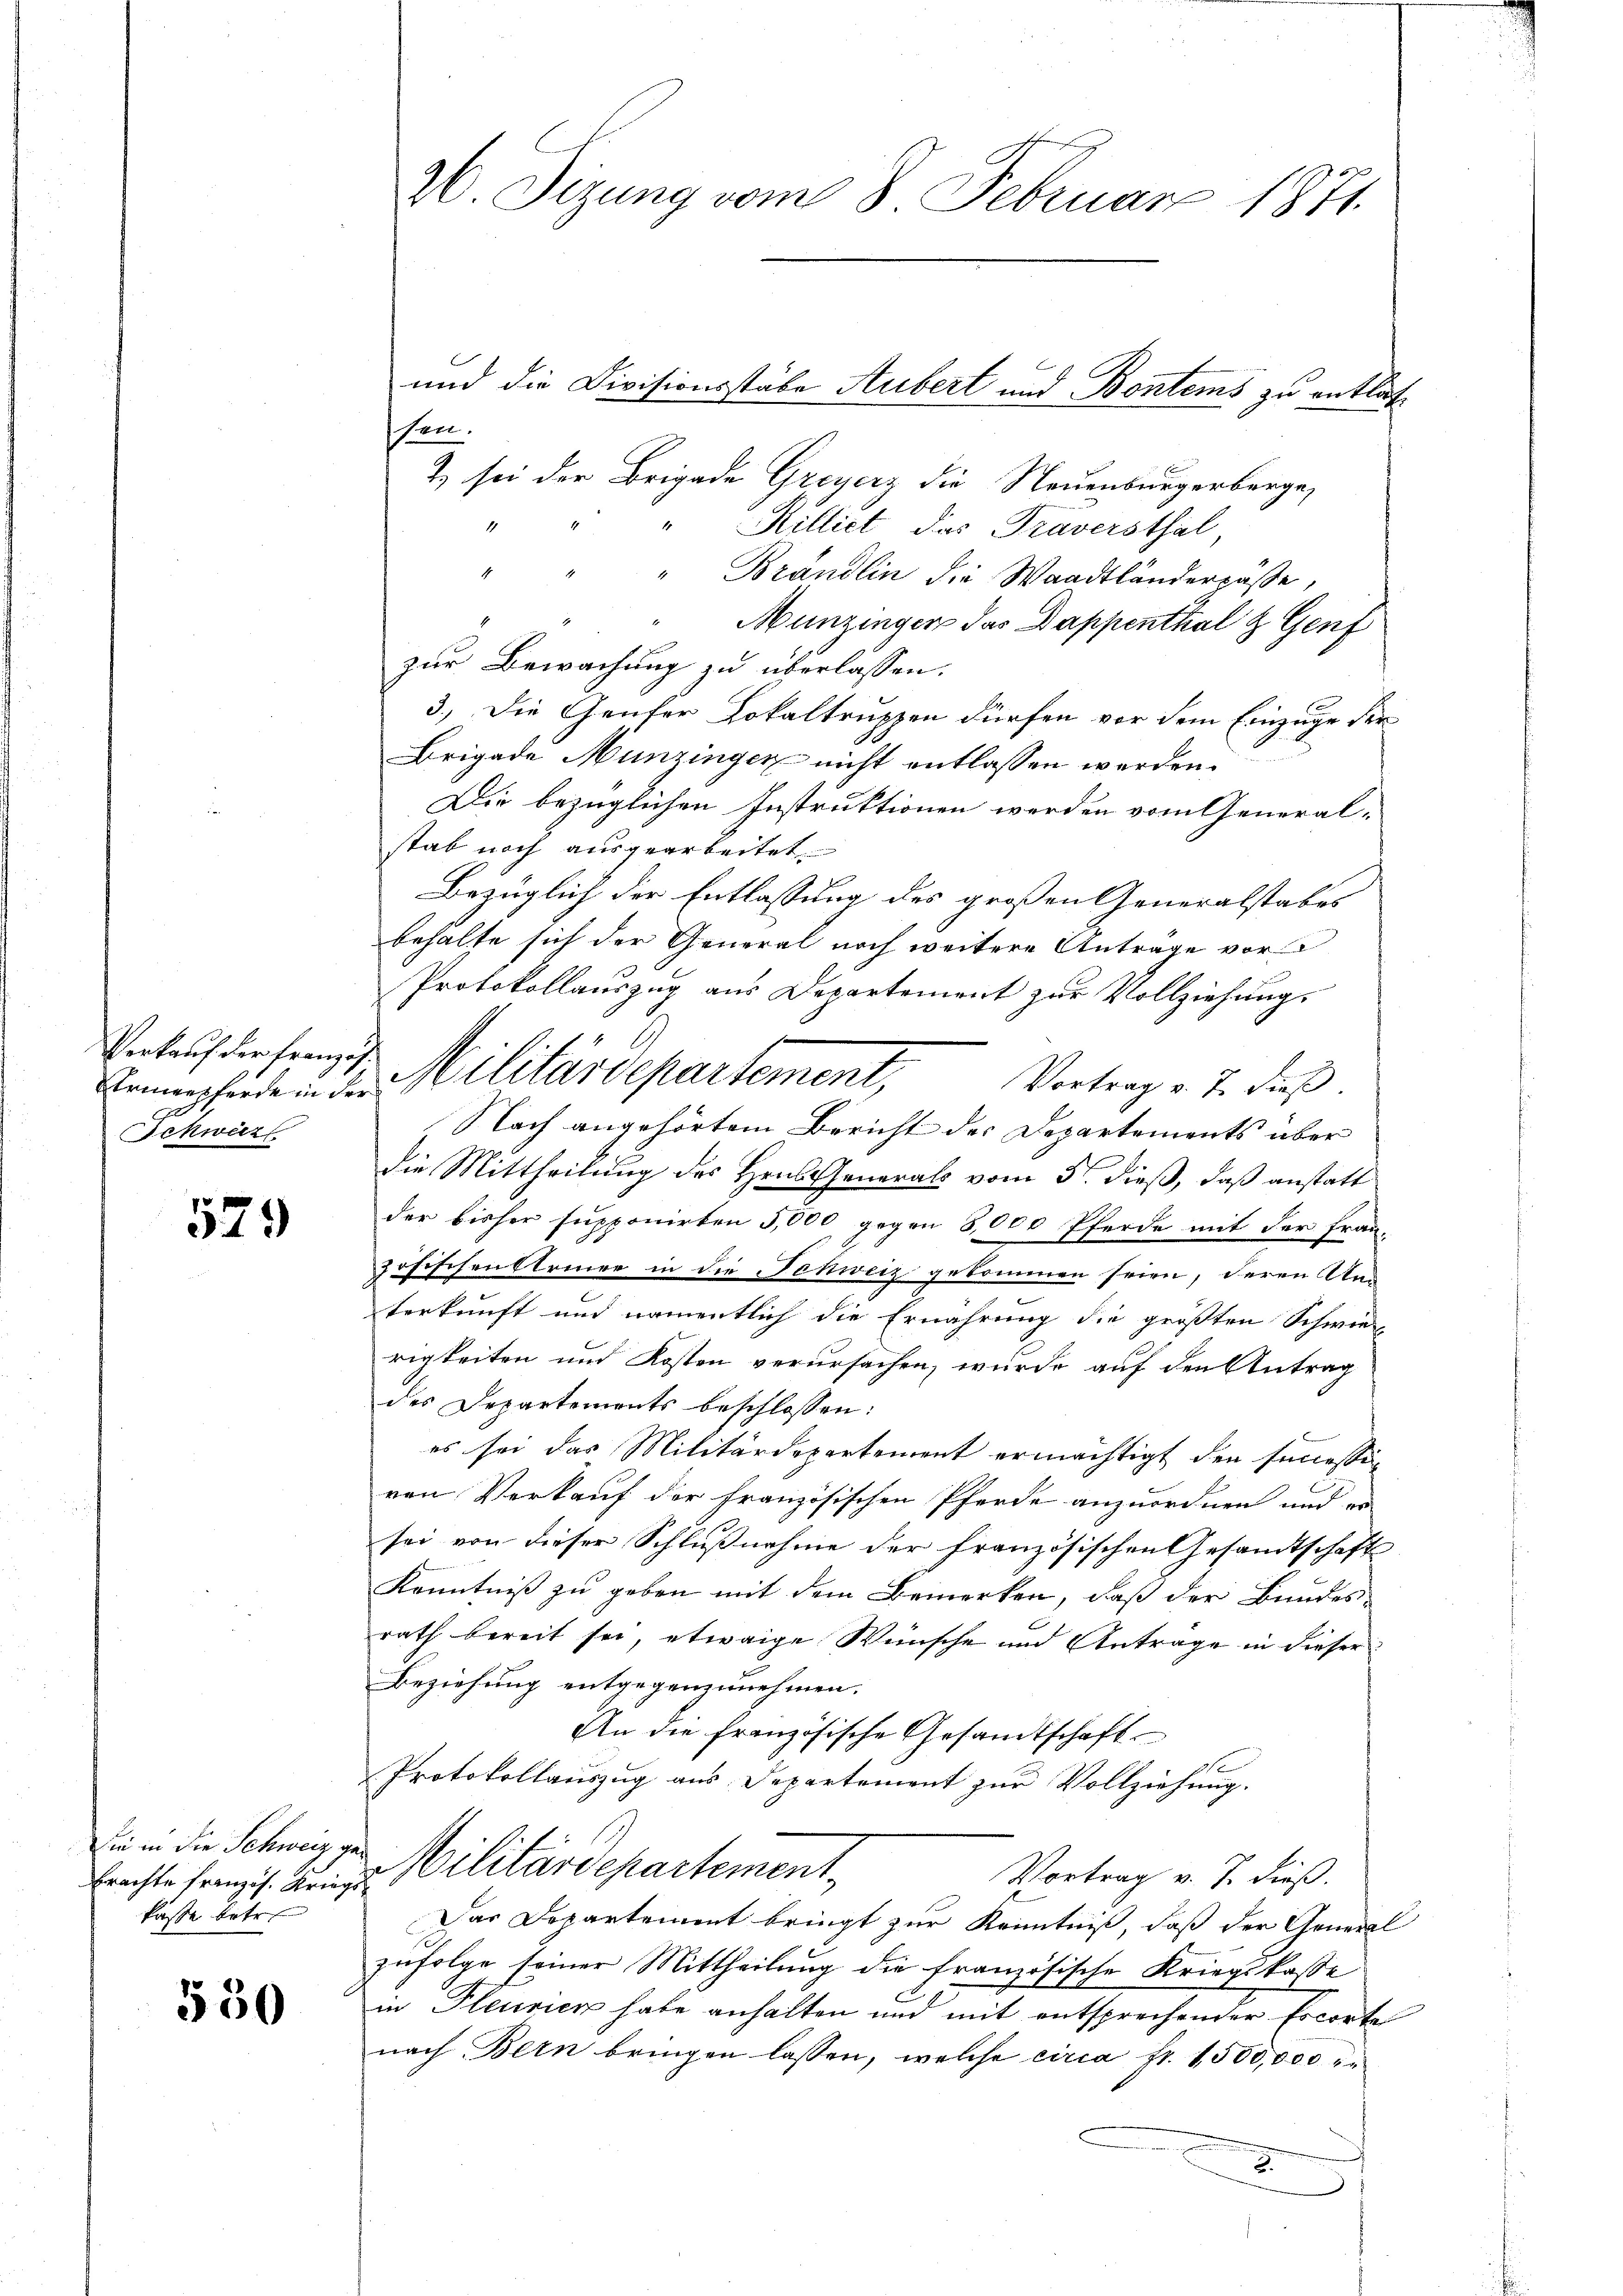
Verkauf der Französ.
Schweiz

529

Die in die Schweiz ge
brachte französ. Krieg
kasse betr.

530

sten.
2 sei der Brigade Greyerz die Neuenburgerberge,
1
" " Hilliet, das Traversthal,
" " " Brändlin die Waadtländerrasse,
Munzinger das Dappenthal & Genf
zur Bewachung zu überlassen.
3.) Die Genfer Lokaltruppen dürfen vor dem Einzüge der
Brigade Munzingen nicht entlassen werden.
Die bezüglichen Instruktionen werden vom General-
stab noch ausgearbeitet
Bezüglich der Entlassung des großen Generalstabes
behalte sich der General noch weitere Anträge vor
Protokollauszug aus Departement zur Vollziehung.
s
Armenpferde in der Militärdeparsement,
Vortrag v. J. dieß.
Nach angehörtem Bericht der Departements über
die Mittheilung des Haus Generals vom 5t. dieß, daß anstatt
der bisher supponirten 5,000 gegen 8,000 Pferde mit der fran-
zöfischen Steiner in die Schweiz gekommen seien, deren An-
.
terkunft und namentlich die Ernährung die größten Schwie
rigkeiten und Kosten verursachen, wurde auf den Antrag
des Departements beschlossen:
es sei das Militärdepartement ermächtigt den successin
ven Verkauf der französischen Pferde anzuordnen und er
sei von dieser Schlußnahme der französischen Gesandtschaft
Kenntniß zu geben mit dem Bemerken, daß der Bundes
rath bereit sei, etwaige Wünsche und Antrage in dieser
Beziehung entgegenzunehmen.
An die französische Gesandtschaft
2
Protokollauszug aus Departement zur Vollziehung.
Militärdepartement,
Vortrag v. J. dieß.
.
Das Departement bringt zur Kenntniß, daß der General
zufolge seiner Mittheilung die französische Kriegskasse
in Pleurien habe anhalten und mit entsprechender Escorte
nach Bern bringen lassen, welche circa Fr. 1500,000 zu
2

W. Sizung vom 8. Februar 1871.

und die Divisionsstäbe Aubert und Bontems zu entlas¬